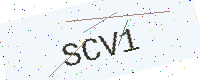
Text: SCV1